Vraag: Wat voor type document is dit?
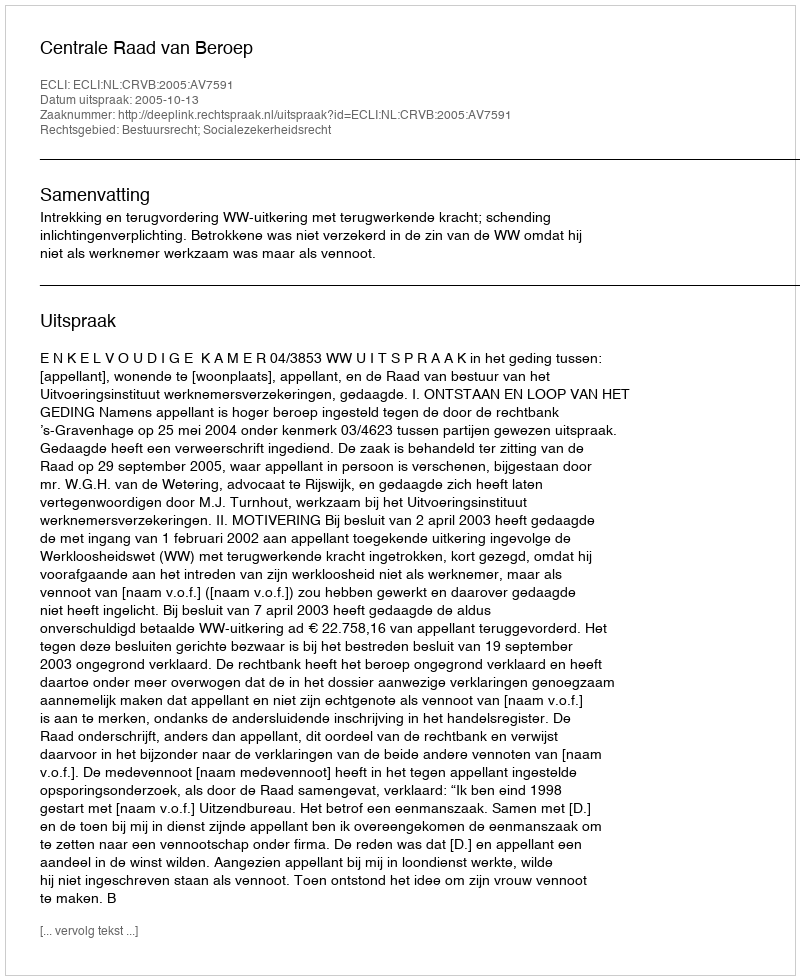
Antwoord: Uitspraak